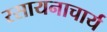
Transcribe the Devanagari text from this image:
रसायनाचार्य